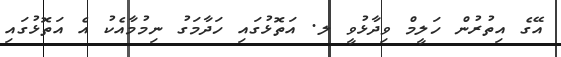
އޭގެ އިތުރުން ހަލީމް ވިދާޅުވީ ލ. އަތޮޅުގައި ހަދާމަގު ނިމުމާއެކު އެ އަތޮޅުގައި